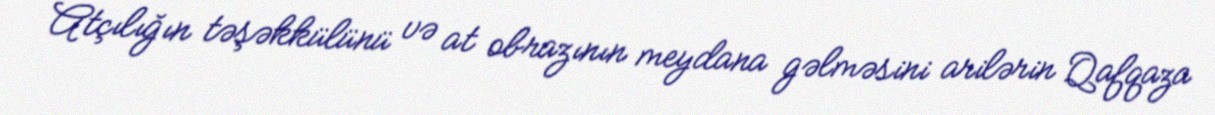
Atçılığın təşəkkülünü və at obrazının meydana gəlməsini arilərin Qafqaza